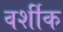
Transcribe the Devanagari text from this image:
वर्शीक